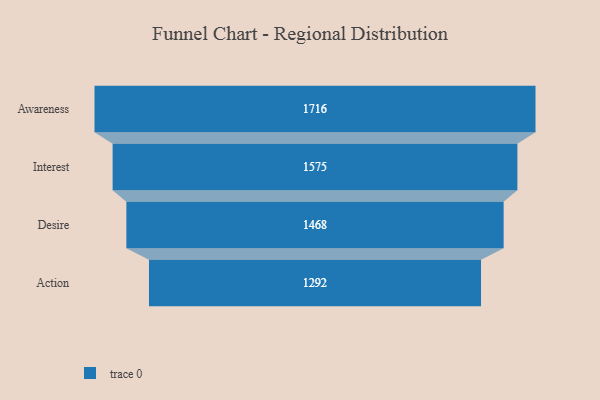
{"axis": {"x": "Stage", "y": "Value"}, "legend": [""], "data": [{"x": "Awareness", "y": 1716.0, "type": ""}, {"x": "Interest", "y": 1575.0, "type": ""}, {"x": "Desire", "y": 1468.0, "type": ""}, {"x": "Action", "y": 1292.0, "type": ""}]}